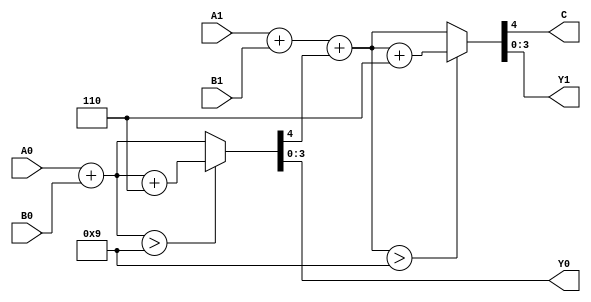
`timescale 1ns / 1ps
module BCD_Adder(
    output C,
    output [3:0] Y1,
    output [3:0] Y0,
    input [3:0] A1,
    input [3:0] A0,
    input [3:0] B1,
    input [3:0] B0
    );
    wire[4:0] s0,s1; 
    wire carry;
    
    assign s0 = A0 + B0;
    assign {carry,Y0} = (s0>9) ? (s0+6) : s0;
    assign s1 = A1 + B1 + carry;
    assign {C,Y1} = (s1>9) ? (s1+6) : s1;    
endmodule